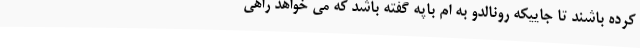
کرده باشند تا جاییکه رونالدو به ام باپه گفته باشد که می خواهد راهی